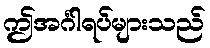
ဤအင်္ဂါရပ်များသည်